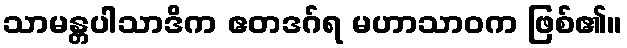
သာမန္တပါသာဒိက ဧတဒဂ်ရ မဟာသာဝက ဖြစ်၏။